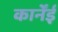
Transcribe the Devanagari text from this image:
कार्नेंई